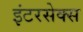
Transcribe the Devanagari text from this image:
इंटरसेक्स